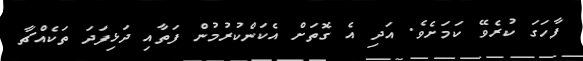
ފާހަގަ ކުރެވޭ ކަމަށެވެ. އަދި އެ ގޮތަށް އެކަންކުރުމުން ފަތާއި ދަޅިފަދަ ތަކެއްޗާ